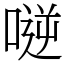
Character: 𠸺